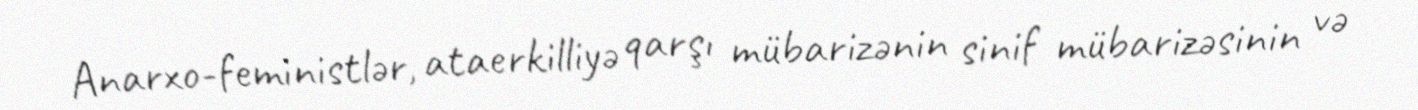
Anarxo-feministlər, ataerkilliyə qarşı mübarizənin sinif mübarizəsinin və